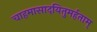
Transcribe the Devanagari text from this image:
चाहमासादयितुमर्हताम्‌